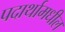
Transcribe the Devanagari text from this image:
पदार्थामधील